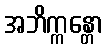
အဘိက္ကန္တော